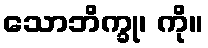
သောဘိက္ခု၊ ကို။